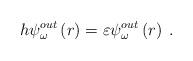
LaTeX: \begin{align*}h\psi _{\omega }^{out}\left( r\right) =\varepsilon \psi _{\omega}^{out}\left( r\right) \;. \end{align*}